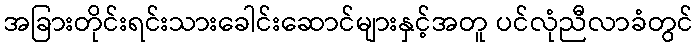
အခြားတိုင်းရင်းသားခေါင်းဆောင်များနှင့်အတူ ပင်လုံညီလာခံတွင်